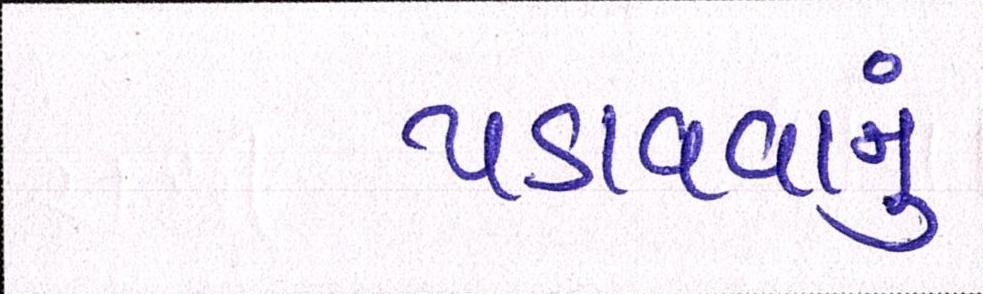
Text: પડાવવાનું